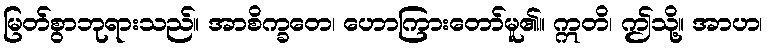
မြတ်စွာဘုရားသည်။ အာစိက္ခတေ၊ ဟောကြားတော်မူ၏။ ဣတိ၊ ဤသို့။ အာဟ၊